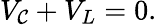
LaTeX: V_{\mathcal{C}}+V_{L}=0.